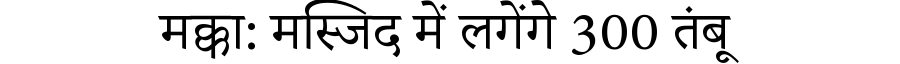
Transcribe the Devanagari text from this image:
मक्का: मस्जिद में लगेंगे 300 तंबू